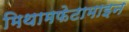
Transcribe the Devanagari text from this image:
मिथामफेटामाइन